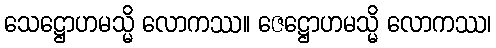
သေဋ္ဌောဟမသ္မိ လောကဿ။ ဇေဋ္ဌောဟမသ္မိ လောကဿ၊